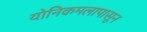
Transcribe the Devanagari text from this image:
योनिकमलापासून